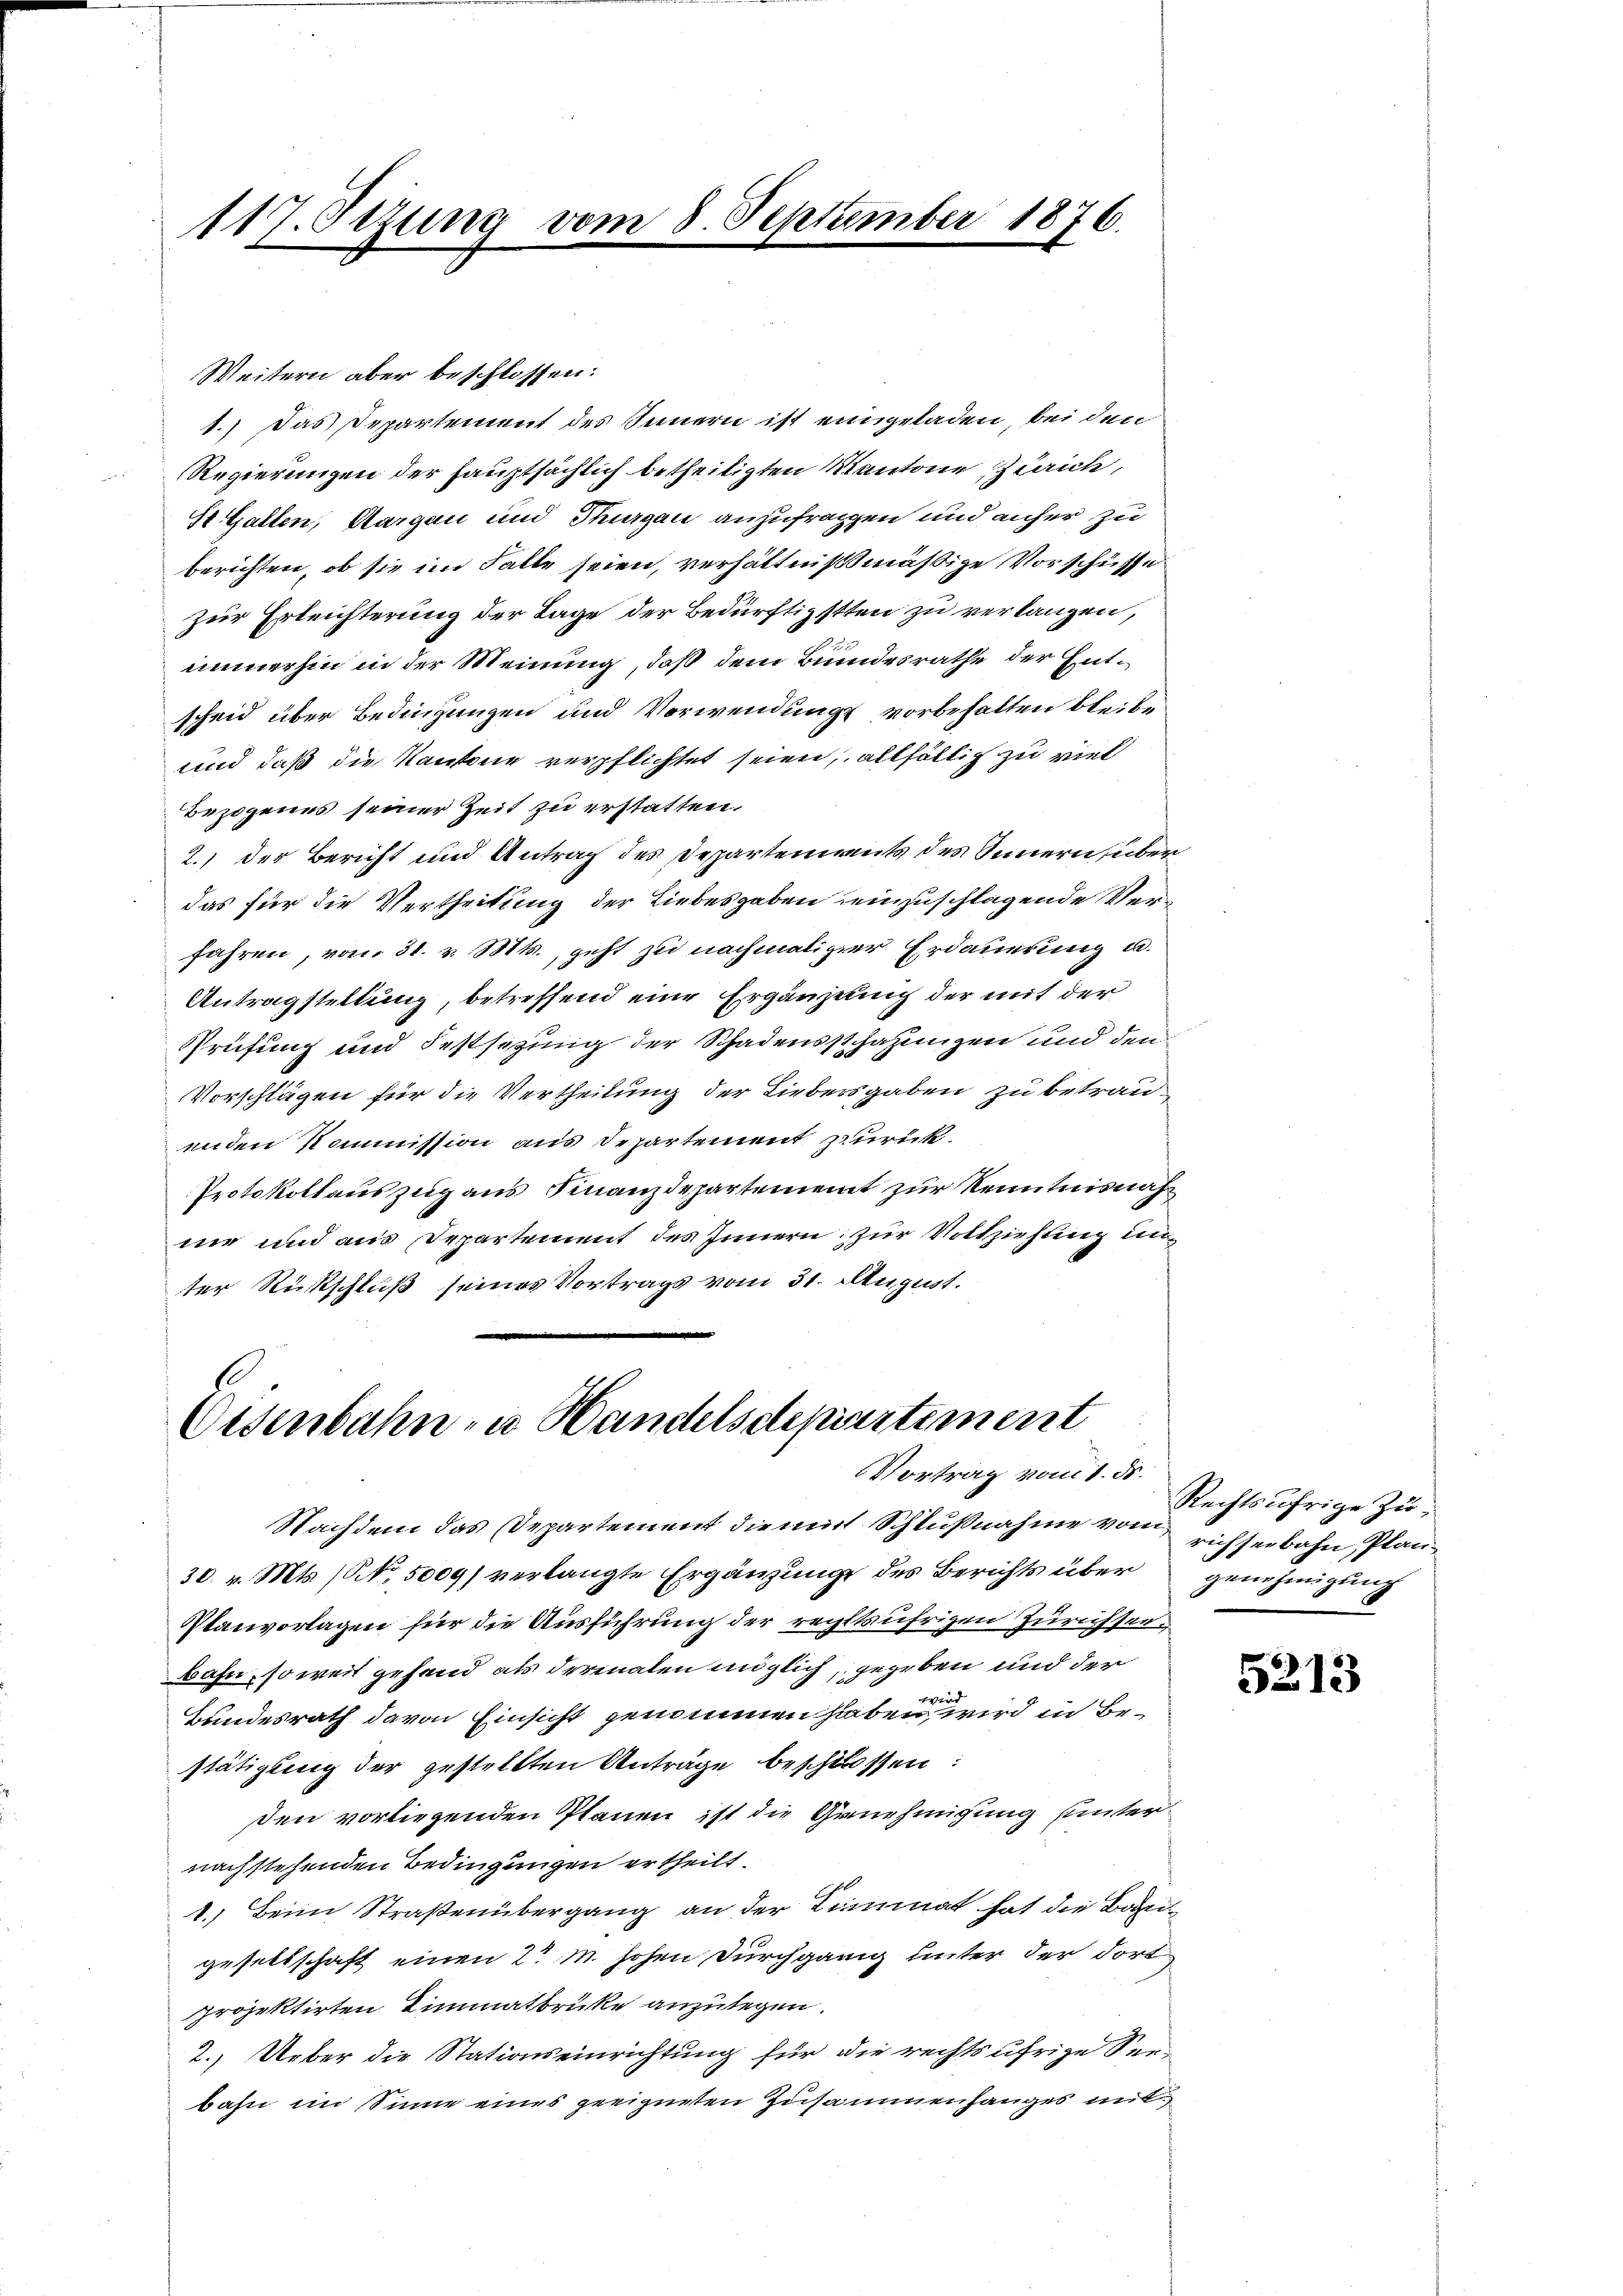
117. Sezung vom 8. September 1876.

Weitern aber beschlossen:
1.) Das Departement des Innern ist eingeladen, bei den
Regierungen der hauptsächlich betheiligten Kantone Zürich,
St. Gallen, Aargau und Thurgau anzufragen und anher zu
berichten, ob sie im Falle seien, verhältnißmäßige Vorschüsse
zur Erleichterung der Tage der Bedürftigsten zu verlangen,
immerhin in der Meinung, daß dem Bundesrathe der Entscheid über Bedingungen und Verwendung vorbehalten bleibe
und daß die Kantone verpflichtet seien, allfällig zu viel
Bezogenes seiner Zeit zu erstatten.
2.) Der Bericht und Antrag des Departements des Innern, überdas für die Vertheilung der Liebesgaben einzuschlagende Verfahren, vom 31. v. Mts., geht zu nachmaliger Erdauerung u.
Antragstellung, betreffend eine Ergänzung der mit der
Prüfung und Festsezung der Schadensschazungen und den
Vorschlägen für die Vertheilung der Liebersgaben zu betrauenden Kommission aus Departement zurück.
Protokollauszug aus Finanzdepartement zur Kenntnisnahnie und aus Departement des Innern zur Vollziehung unter Rückschluß seines Vortrags vom 31. August.

Eisenbahn- u. Handelsdepiertement
Vortrag vom 1. ds.

Nachdem das Departement die mit Schlußnahme vom richserbahn, Plan¬
30. v. Mts. (No. 5009) verlangte Ergänzung des Berichts über
Planvorlagen für die Ausführung der reglkufrigen Zürichsee
Bahn, so weit gehand als dermalen möglich, gegeben und der
4ter
Bundesrath davon Einsicht genommen haben, wird in Bestätigung der gestellten Anträge beschlossen:
den vorliegenden Planen ist die Genehmigung unternachstehenden Bedingungen ertheilt.
1.) Beim Straßenübergang an der Limmat hat die Baugesellschaft einen 2 M. hohen durchgang unter der dort
projektirten Limmatbrücke anzulegen.
2. Ueber die Stationseinrichtung für die rechtsufrige Seebahn im Sinne eines geeigneten Zusammenhanges mit

Rechtsäfrige Zugenehmigung

5213